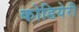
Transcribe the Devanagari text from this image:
कोडियेरी